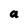
Character: a